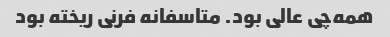
همه‌چی عالی بود. متاسفانه فرنی ریخته بود